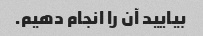
بیایید آن را انجام دهیم.